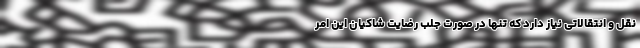
نقل و انتقالاتی نیاز دارد که تنها در صورت جلب رضایت شاکیان این امر